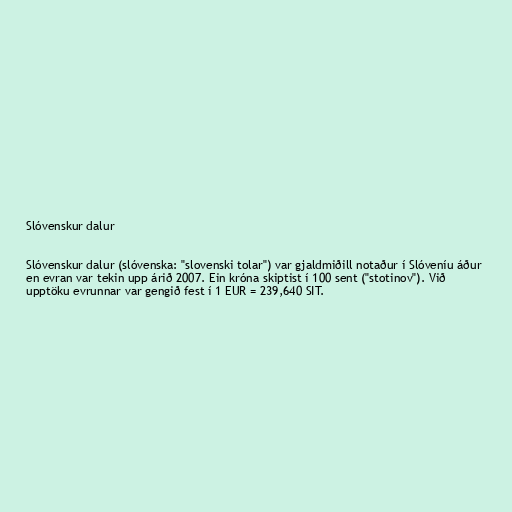
Slóvenskur dalur

Slóvenskur dalur (slóvenska: "slovenski tolar") var gjaldmiðill notaður í Slóveníu áður
en evran var tekin upp árið 2007. Ein króna skiptist í 100 sent ("stotinov"). Við
upptöku evrunnar var gengið fest í 1 EUR = 239,640 SIT.